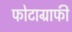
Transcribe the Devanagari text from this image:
फोटाग्राफी